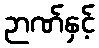
ဉာဏ်နှင့်